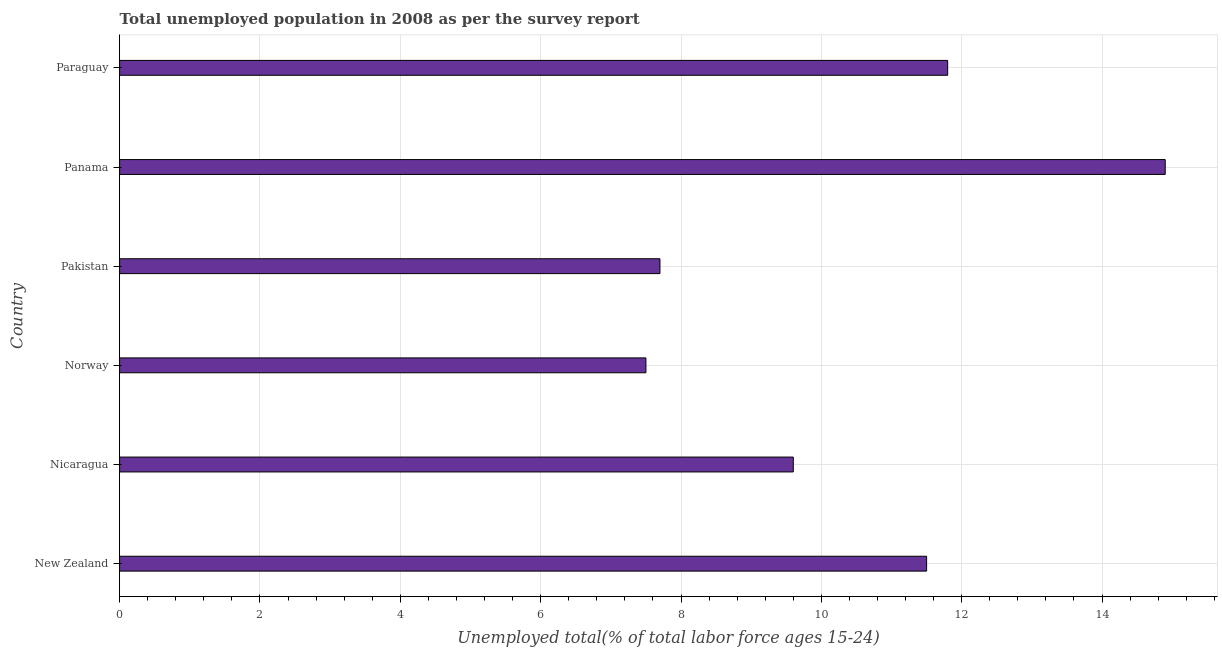
| Country | Unemployment youth total |
 | --- | --- |
 | New Zealand | 11.5 |
 | Nicaragua | 9.6 |
 | Norway | 7.5 |
 | Pakistan | 7.7 |
 | Panama | 14.9 |
 | Paraguay | 11.8 |